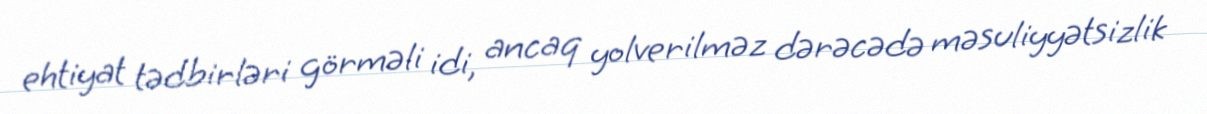
ehtiyat tədbirləri görməli idi, ancaq yolverilməz dərəcədə məsuliyyətsizlik